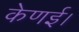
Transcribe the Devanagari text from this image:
केणई।